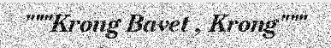
"""Krong Bavet , Krong"""